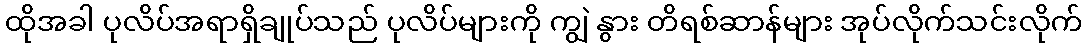
ထိုအခါ ပုလိပ်အရာရှိချုပ်သည် ပုလိပ်များကို ကျွဲ နွား တိရစ်ဆာန်များ အုပ်လိုက်သင်းလိုက်